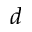
d